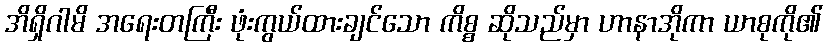
အိရှိဂါမိ အရေးတကြီး ဖုံးကွယ်ထားချင်သော ကိစ္စ ဆိုသည်မှာ ဟာနာအိုကာ ယာစုကို၏